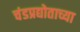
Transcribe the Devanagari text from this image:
चंडप्रद्योताच्या